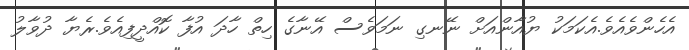
އެހެންވެއެވެ.އެކަމަކު ޔުއާންއަށް ނޭނގި ނަމަވެސް އޭނާގެ ހިތް ހާދަ އުފާ ކޮއްދީފިއެވެ.ރެޔާ ދުވާލު